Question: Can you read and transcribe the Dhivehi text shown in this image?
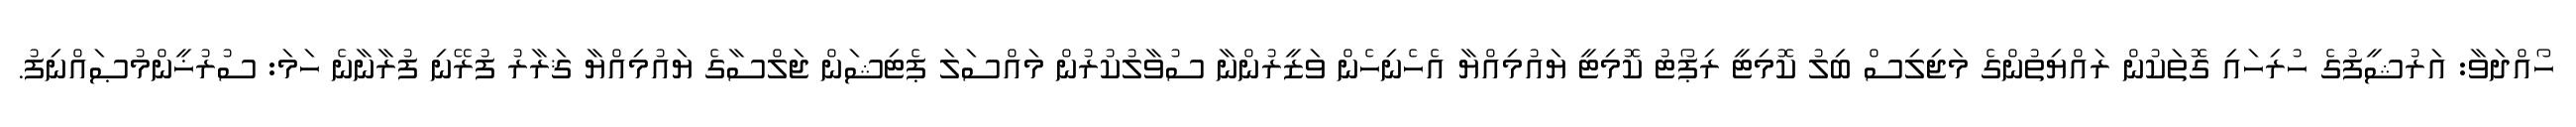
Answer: ހޯއްދަވާ: އަރުޝީފުގެ ހުރިހައި ގޮތަކުން ރައްޔިތުންގެ މަޖިލިސް ބިލު ކޮމިޓީ ރިޕޯޓު ކޮމިޓީ ޔައުމިއްޔާ އެހެނިހެން ވަޒީރުންނާ ސުވާލުކުރުން މައްސަލަ ޕެޓިޝަން ޖަލްސާގެ ޔައުމިއްޔާ ޤަރާރު ފުރޭނި ފުރާނާނެ ހަމަ: ސުރުޚީންމުޞައްނިފު.